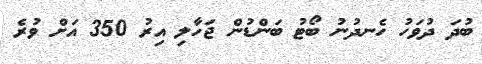
ބުދަ ދުވަހު ހެނދުނު ބޯޓު ބަންޑުން ޖަހާލި އިރު 350 އަށް ވުރެ